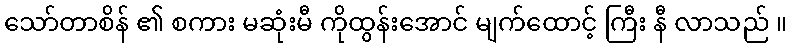
သော်တာစိန် ၏ စကား မဆုံးမီ ကိုထွန်းအောင် မျက်ထောင့် ကြီး နီ လာသည် ။